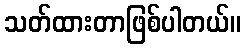
သတ်ထားတာဖြစ်ပါတယ်။